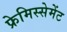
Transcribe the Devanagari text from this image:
फ्रेमिस्सेमेंट